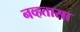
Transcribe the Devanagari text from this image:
नव्हतासा